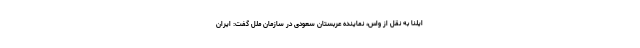
ایلنا به نقل از واس، نماینده عربستان سعودی در سازمان ملل گفت: ایران